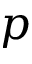
p